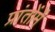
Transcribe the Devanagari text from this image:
प्रांतोंमें